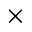
\times